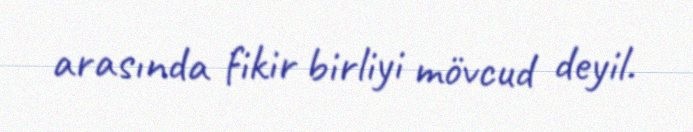
arasında fikir birliyi mövcud deyil.